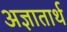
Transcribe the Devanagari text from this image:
अज्ञातार्थ